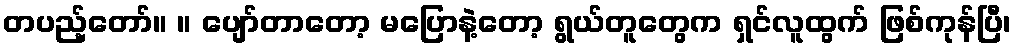
တပည့်တော်။ ။ ပျော်တာတော့ မပြောနဲ့တော့ ရွယ်တူတွေက ရှင်လူထွက် ဖြစ်ကုန်ပြီ၊